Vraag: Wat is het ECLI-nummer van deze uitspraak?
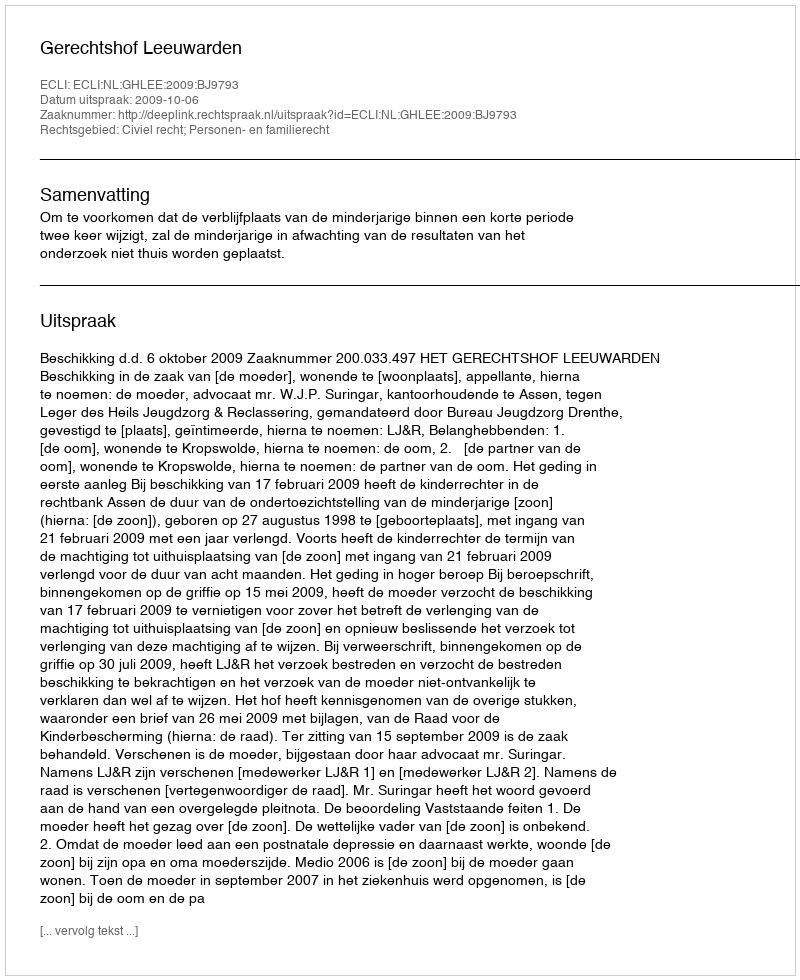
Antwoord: ECLI:NL:GHLEE:2009:BJ9793